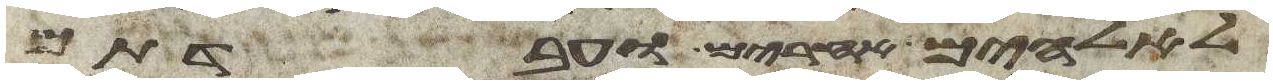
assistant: לאלהים אחרים ועבדתם